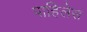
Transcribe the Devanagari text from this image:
पाहिलेस